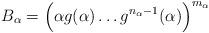
LaTeX: \begin{align*} B_{\alpha} = \Big( \alpha g(\alpha) \dots g^{n_{\alpha}-1}(\alpha)\Big)^{m_{\alpha}}\end{align*}